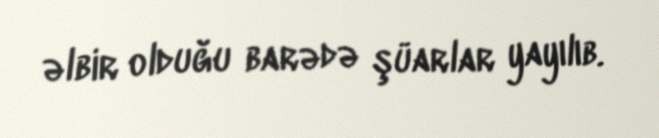
əlbir olduğu barədə şüarlar yayılıb.